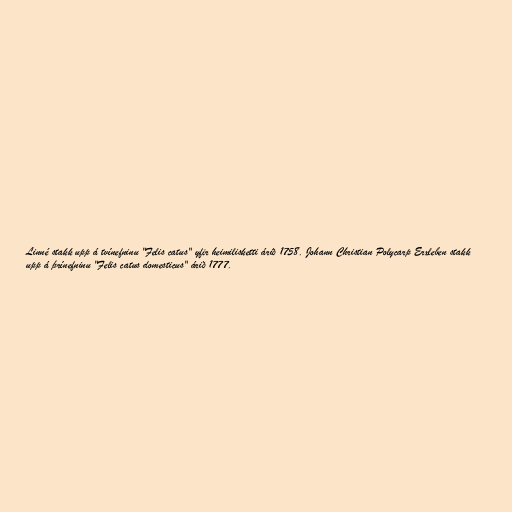
Linné stakk upp á tvínefninu "Felis catus" yfir heimilisketti árið 1758. Johann Christian Polycarp Erxleben stakk
upp á þrínefninu "Felis catus domesticus" árið 1777.